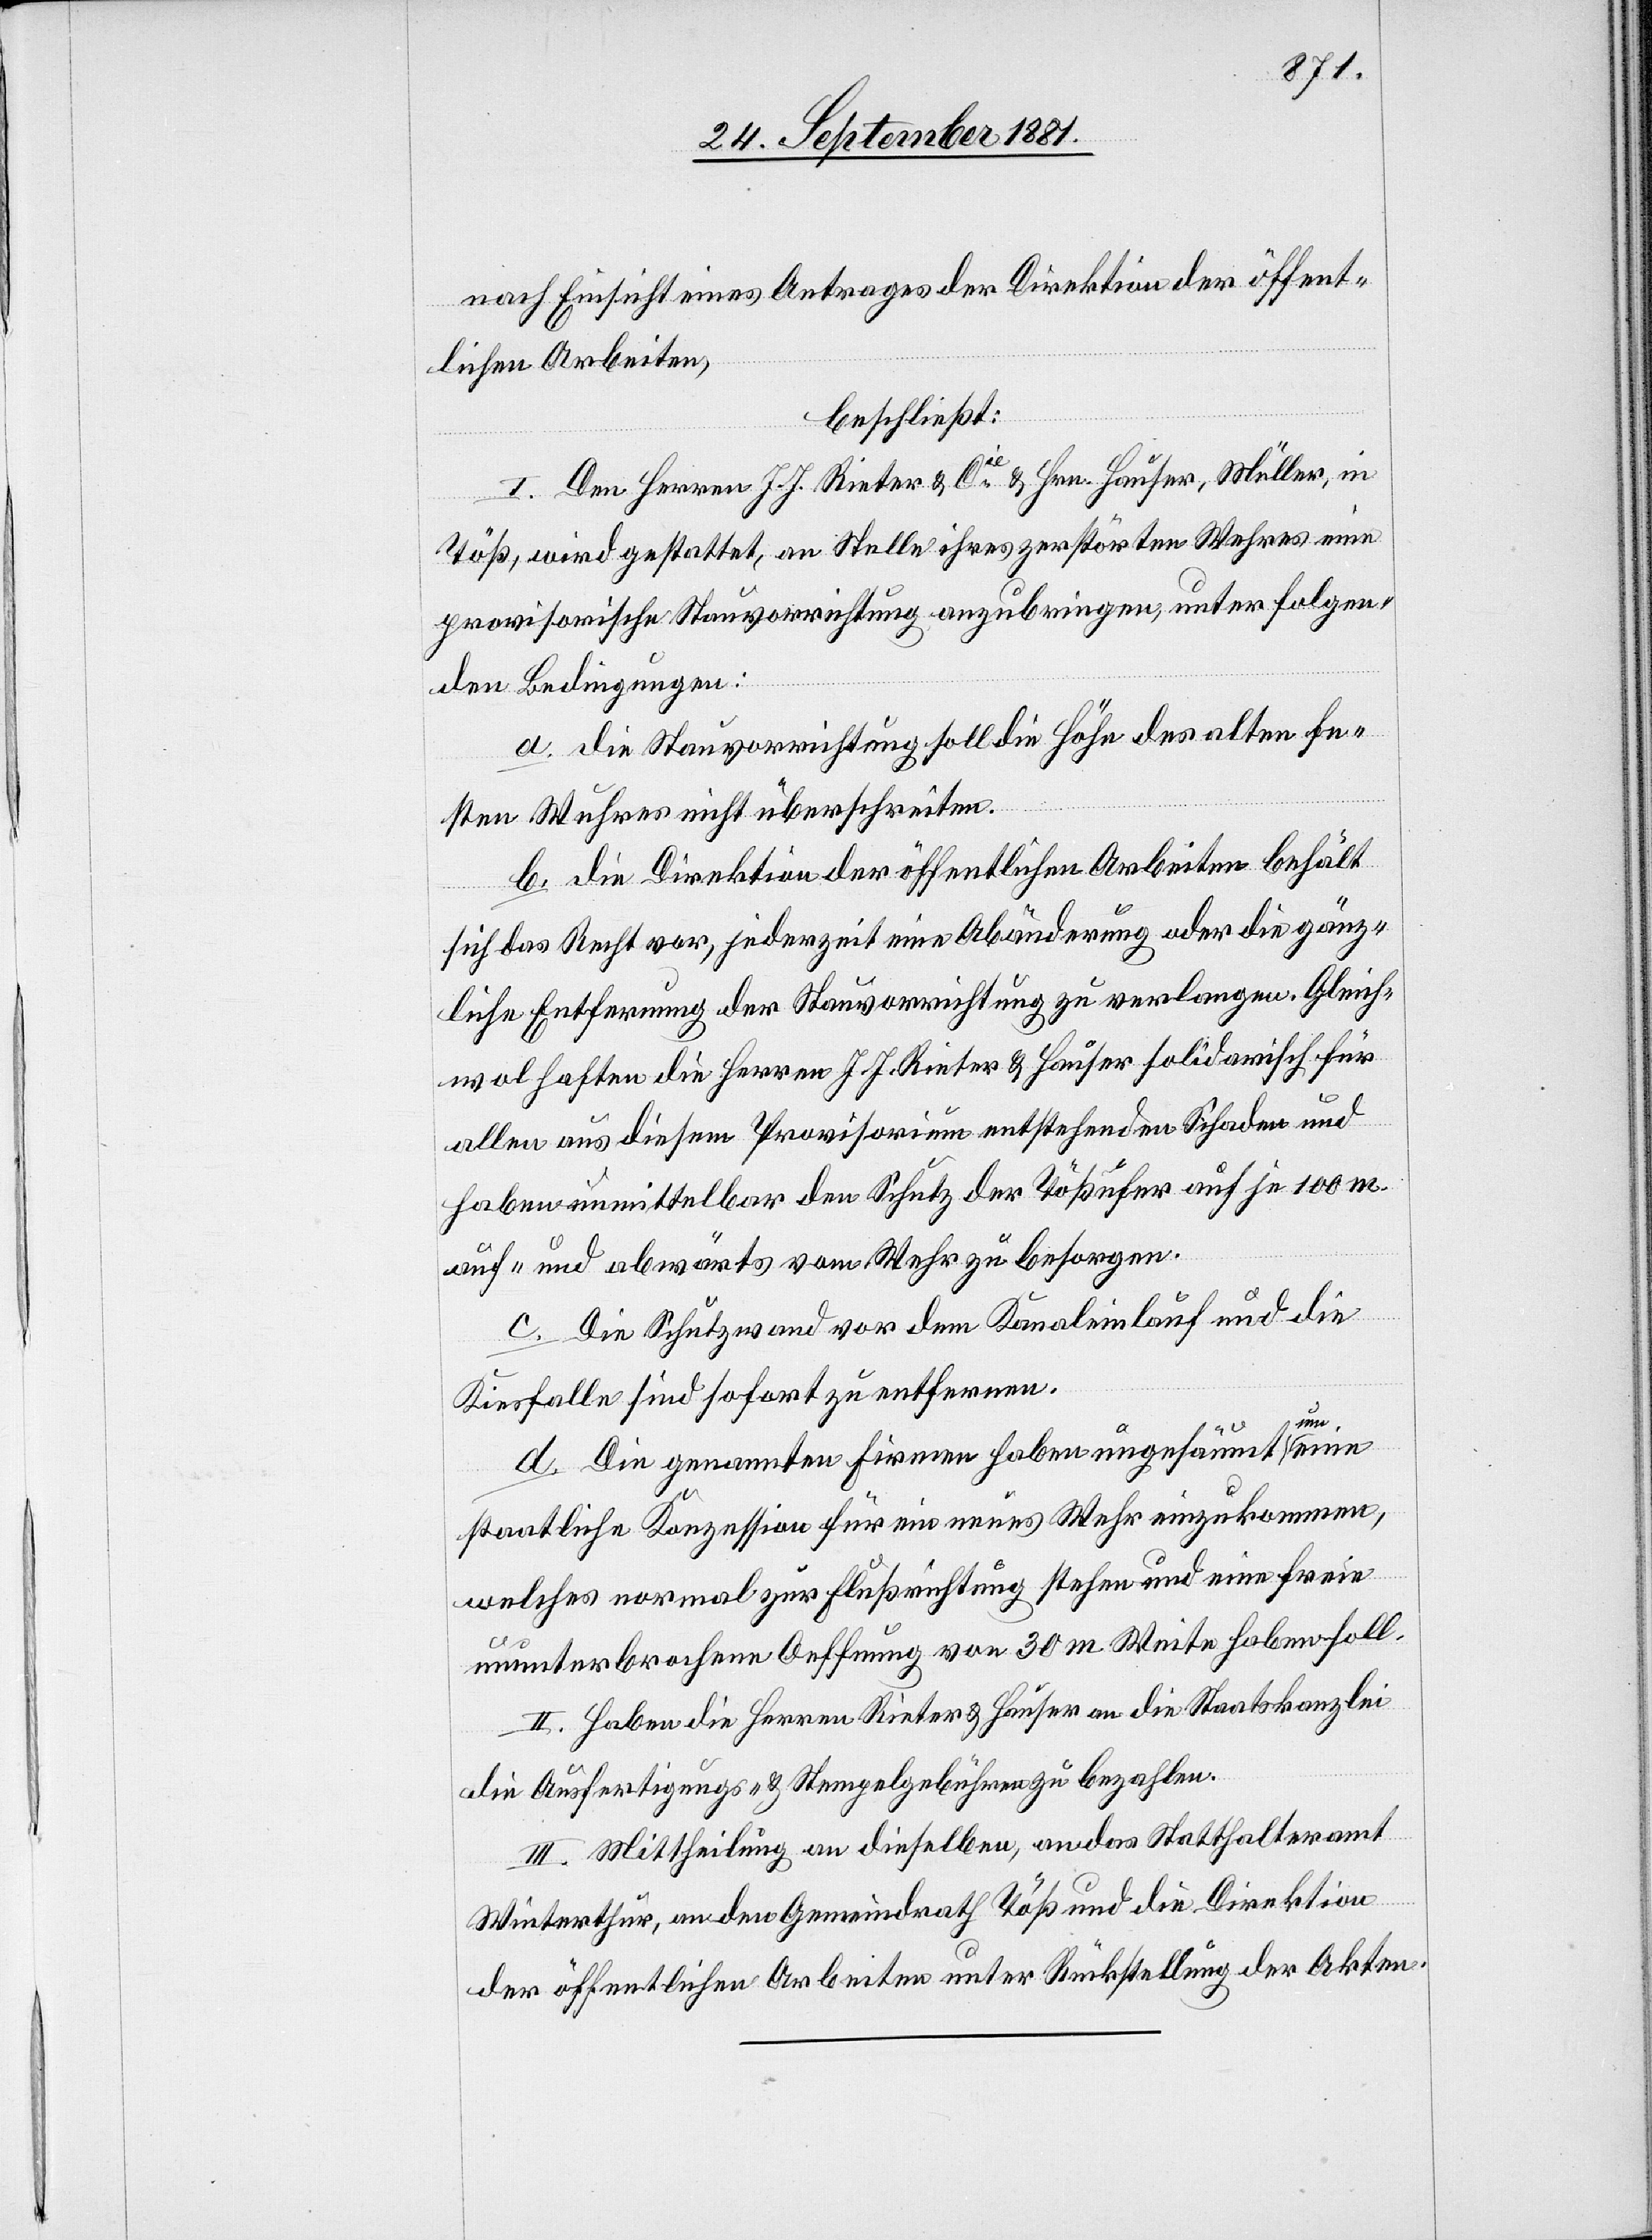
nach Einsicht eines Antrages der Direktion der öffent¬
lichen Arbeiten,
beschließt:
I. Den Herren J. J. Rieter & Cie & Hrn. Hauser, Müller, in
Töß, wird gestattet, an Stelle ihres zerstörten Wehres eine
provisorische Stauvorrichtung anzubringen, unter folgen¬
den Bedingungen:
a. die Stauvorrichtung soll die Höhe des alten fe¬
sten Wuhres nicht überschreiten.
b. die Direktion der öffentlichen Arbeiten behält
sich das Recht vor, jederzeit eine Abänderung oder die gänz¬
liche Entfernung der Stauvorrichtung zu verlangen. Gleich¬
wol haften die Herren J. J. Rieter & Hauser solidarisch für
allen aus diesem Provisorium entstehenden Schaden und
haben unmittelbar den Schutz der Tößufer auf je 100 m
auf- und abwärts vom Wehr zu besorgen.
c. Die Schutzwand vor dem Kanaleinlauf und die
Kiesfalle sind sofort zu entfernen.
d. Die genannten Firmen haben ungesäumt um eine
staatliche Konzession für ein neues Wehr einzukommen,
welches normal zur Flußrichtung stehen und eine freie
ununterbrochene Oeffnung von 30 m Weite haben soll.
II. Haben die Herren Rieter & Hauser an die Staatskanzlei
die Ausfertigungs- & Stempelgebühren zu bezahlen.
III. Mittheilung an dieselben, an das Statthalteramt
Winterthur, an den Gemeindrath Töß und die Direktion
der öffentlichen Arbeiten unter Rückstellung der Akten.